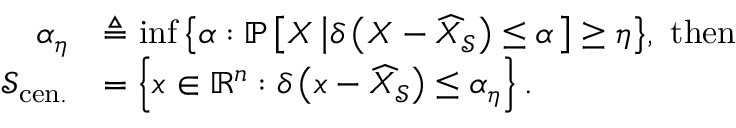
\begin{array} { r l } { \alpha _ { \eta } } & { \triangleq \operatorname* { i n f } { \left\{ \alpha : { \mathbb { P } } \left[ X \left\lvert \delta \left( X - { \widehat { X } } _ { \mathscr { S } } \right) \le \alpha \right. \right] \ge \eta \right\} } , \ \mathrm { t h e n } } \\ { { \mathscr { S } } _ { \mathrm { c e n . } } } & { = \left\{ x \in { \mathbb { R } } ^ { n } : \delta \left( x - { \widehat { X } } _ { \mathscr { S } } \right) \le \alpha _ { \eta } \right\} . } \end{array}